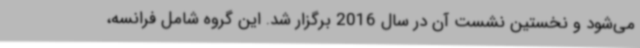
می‌شود و نخستین نشست آن در سال 2016 برگزار شد. این گروه شامل فرانسه،